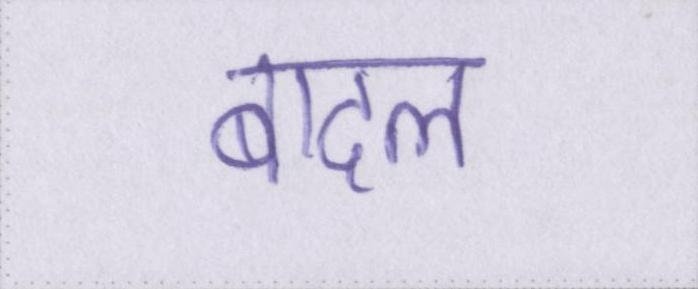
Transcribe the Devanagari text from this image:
बादल